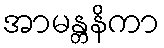
အာမန္တနိကာ